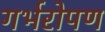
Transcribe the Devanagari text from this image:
गर्भरोपण